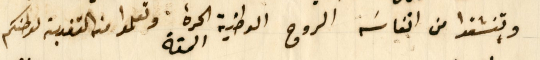
وتنشقوا من انفاسَه الروح الوطنية الحرة وتعلموا من التفدية لوطنكم